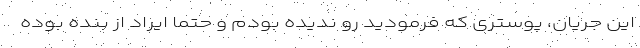
این جریان، پوستری که فرمودید رو ندیده بودم و حتما ایراد از بنده بوده